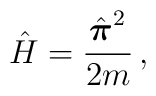
{\hat H}={\hat{\mbox{\boldmath $ \pi$}}^2\over{2m}}\,,